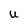
Character: U